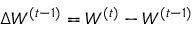
\Delta W ^ { ( t - 1 ) } = W ^ { ( t ) } - W ^ { ( t - 1 ) }